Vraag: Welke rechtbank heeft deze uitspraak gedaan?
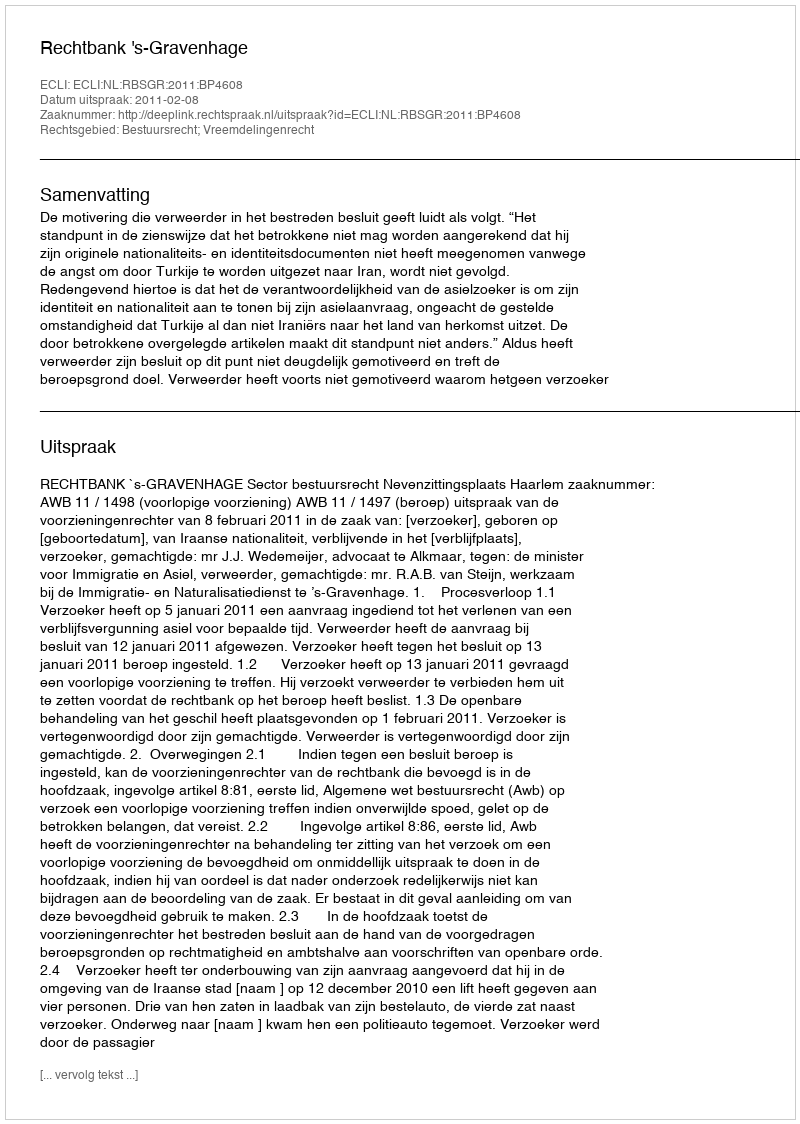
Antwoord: Rechtbank 's-Gravenhage